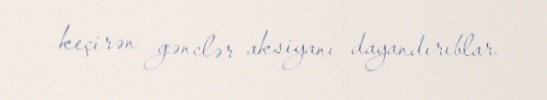
keçirən gənclər aksiyanı dayandırıblar.